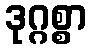
ဒုဂ္ဂစ္စာ